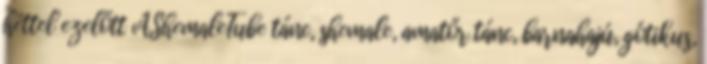
héttel ezelőtt AShemaleTube tánc, shemale, amatőr tánc, barnahajú, gótikus,